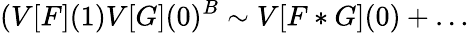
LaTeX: (V[F](1)V[G](0)^{B}\sim V[F*G](0)+\dots